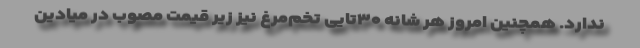
ندارد. همچنین امروز هر شانه ۳۰تایی تخم‌مرغ نیز زیر قیمت مصوب در میادین